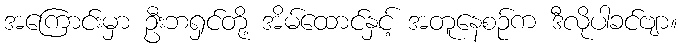
အကြောင်းမှာ ဦးဘရှင်တို့ အိမ်ထောင်နှင့် အတူနေစဉ်က ဒီလိုပါခင်ဗျာ။